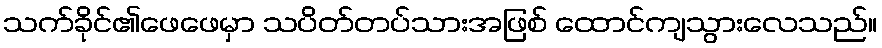
သက်ခိုင်၏ဖေဖေမှာ သပိတ်တပ်သားအဖြစ် ထောင်ကျသွားလေသည်။